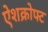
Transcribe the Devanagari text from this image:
ऐशक्रोफ्ट